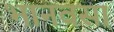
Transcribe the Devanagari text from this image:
भानवसा